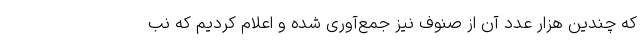
که چندین هزار عدد آن از صنوف نیز جمع‌آوری شده و اعلام کردیم که نب